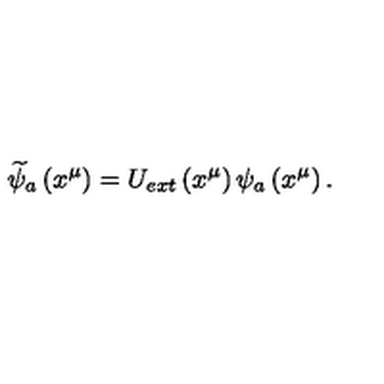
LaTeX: \widetilde { \psi } _ { a } \left( x ^ { \mu } \right) = U _ { e x t } \left( x ^ { \mu } \right) \psi _ { a } \left( x ^ { \mu } \right) .